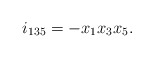
\begin{align*} i_{135} = -x_1x_3x_5.\end{align*}